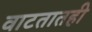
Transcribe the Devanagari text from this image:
वाटतातही